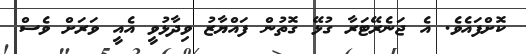
ކޮށްފައެވެ. އެ ޖަނެރޭޓަރާ ގުޅޭ ގޮތުން ފައްޔާޒު ވިދާޅުވީ އެއީ ވަރަށް ވެސް